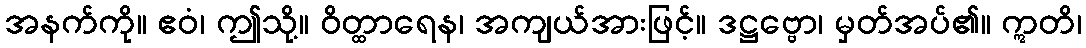
အနက်ကို။ ဧဝံ၊ ဤသို့။ ဝိတ္ထာရေန၊ အကျယ်အားဖြင့်။ ဒဋ္ဌဗ္ဗော၊ မှတ်အပ်၏။ ဣတိ၊